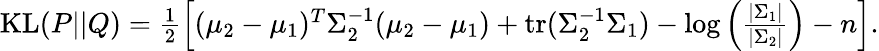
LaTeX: \begin{array}{r}{\mathrm{KL}(P||Q)=\frac{1}{2}\left[(\mu_{2}-\mu_{1})^{T}\Sigma_{2}^{-1}(\mu_{2}-\mu_{1})+\mathrm{tr}(\Sigma_{2}^{-1}\Sigma_{1})-\log\left(\frac{|\Sigma_{1}|}{|\Sigma_{2}|}\right)-n\right].}\end{array}